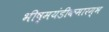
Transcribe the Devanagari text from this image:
भीष्मयंडीकमारम्भ